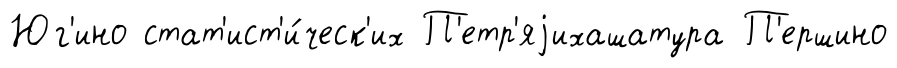
Юг'ино стат'ист'и́ческ'их П'етр'яjихашатура П'ершино